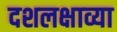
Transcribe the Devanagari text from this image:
दशलक्षाव्या